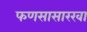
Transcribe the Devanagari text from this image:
फणसासारखा